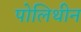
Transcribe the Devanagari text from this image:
पोलिथीन